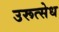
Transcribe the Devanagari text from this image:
उरूत्सेध